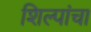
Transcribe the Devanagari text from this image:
शिल्पांचा